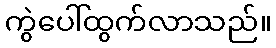
ကွဲပေါ်ထွက်လာသည်။